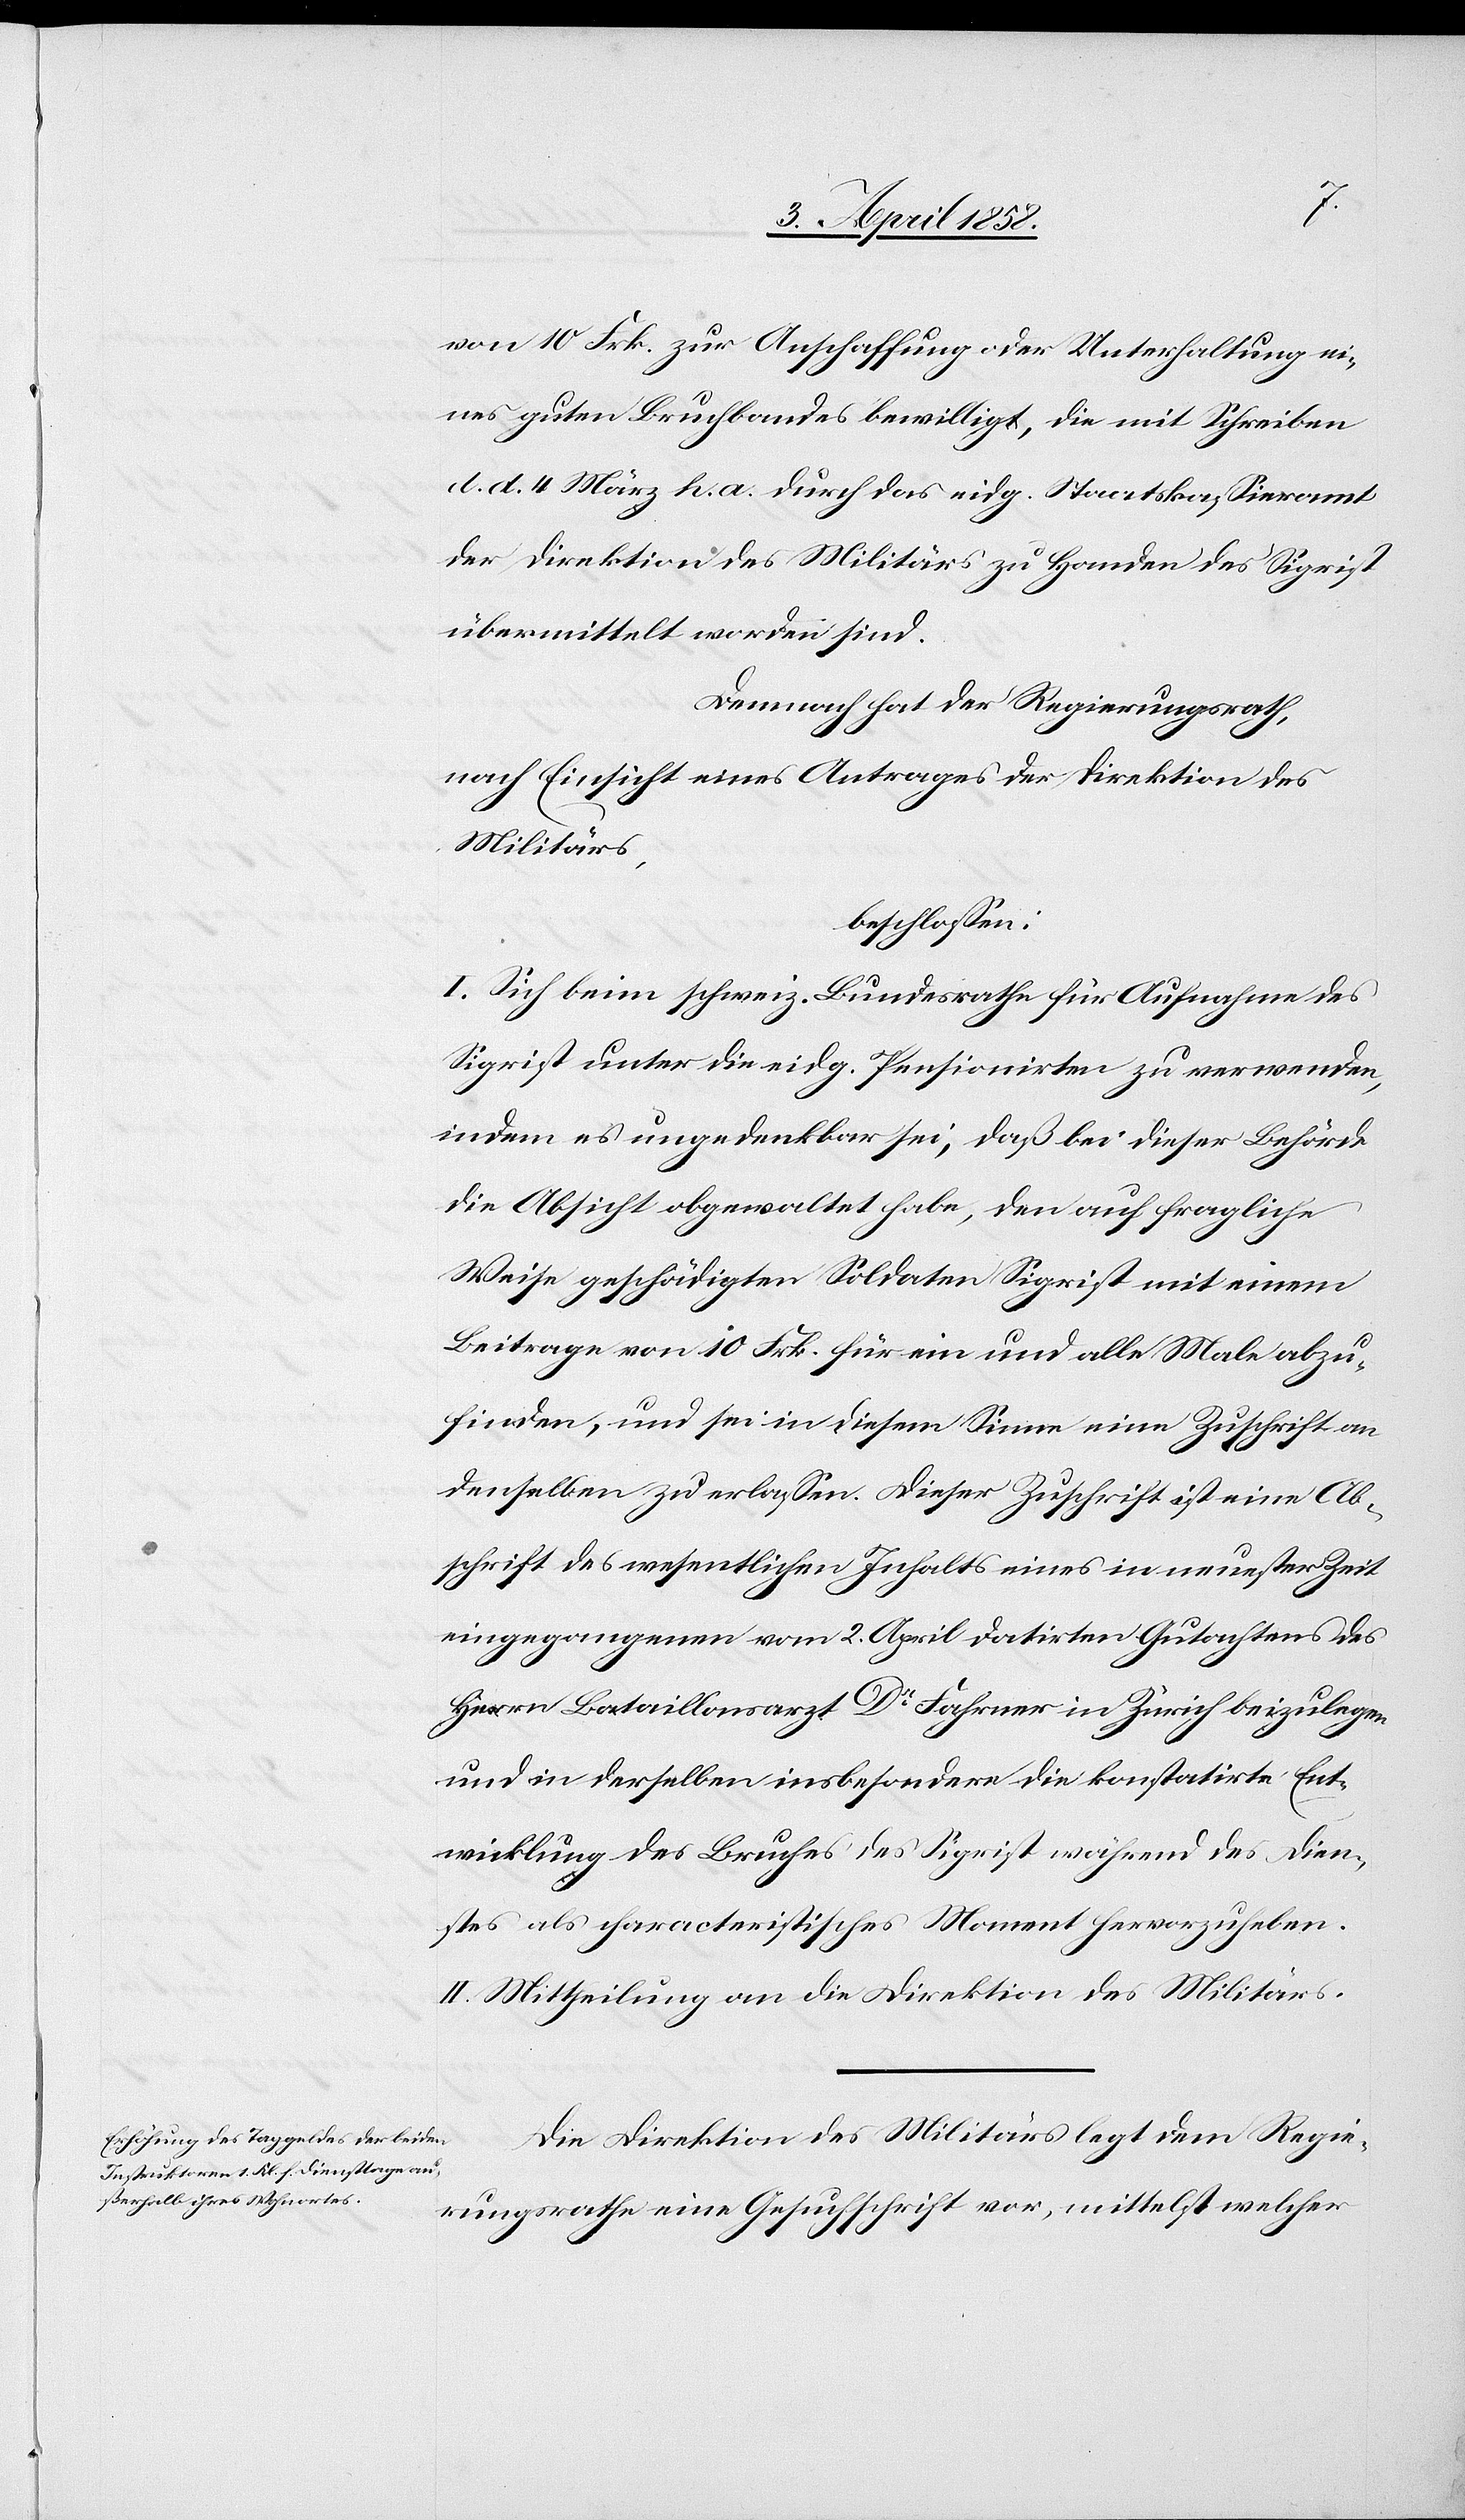
von 10. Frk. zur Anschaffung oder Unterhaltung ei¬
nes guten Bruchbandes bewilligt, die mit Schreiben
d. d. 4. März h. a. durch das eidg. Staatskassieramt
der Direktion des Militärs zu Handen des Sigrist
übermittelt worden ist.
Demnach hat der Regierungsrath,
nach Einsicht eines Antrages der Direktion des
Militärs,
beschlossen:
I. Sich beim schweiz. Bundesrathe für Aufnahme des
Sigrist unter die eidg. Pensionirten zu verwenden,
indem es ungedenkbar sei, daß bei dieser Behörde
die Absicht obgewaltet habe, den auf fragliche
Weise geschädigten Soldaten Sigrist mit einem
Beitrage von 10 Frk. für ein und alle Male abzu¬
finden, und sei in diesem Sinne eine Zuschrift an
denselben zu erlassen. Dieser Zuschrift ist eine Ab¬
schrift des wesentlichen Inhalts eines in neuester Zeit
eingegangenen vom 2. April datirten Gutachtens des
Herrn Bataillonsarzt Dr Fahrner in Zürich beizulegen
und in derselben insbesondere de konstatirte Ent¬
wicklung des Bruches des Sigrist während des Dien¬
stes als characteristisches Moment hervorzuheben.
II. Mittheilung an die Direktion des Militärs.
Die Direktion des Militärs legt dem Regie¬
rungsrathe eine Gesuchschrift vor, mittelst welcher